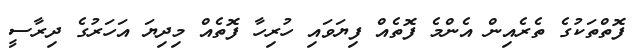
ފޮތްތަކުގެ ތެރެއިން އެންމެ ފޮތެއް ފިޔަވައި ހުރިހާ ފޮތެއް މިދިޔަ އަހަރުގެ ދިރާސީ